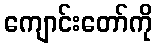
ကျောင်းတော်ကို